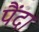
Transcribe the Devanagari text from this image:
पैंदा